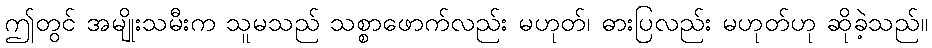
ဤတွင် အမျိုးသမီးက သူမသည် သစ္စာဖောက်လည်း မဟုတ်၊ ဓားပြလည်း မဟုတ်ဟု ဆိုခဲ့သည်။